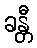
ခန္တီ